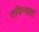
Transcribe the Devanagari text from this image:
तपिन्नला